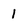
Character: 1